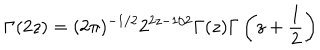
\Gamma ( 2 z ) = ( 2 \pi ) ^ { - 1 / 2 } 2 ^ { 2 z - 1 / 2 } \Gamma ( z ) \Gamma \left( z + \frac { 1 } { 2 } \right)